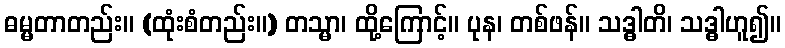
ဓမ္မတာတည်း။ (ထုံးစံတည်း။) တသ္မာ၊ ထို့ကြောင့်။ ပုန၊ တစ်ဖန်။ သဒ္ဓါတိ၊ သဒ္ဓါဟူ၍။